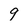
Character: 9